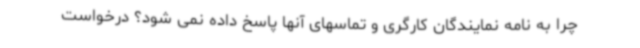
چرا به نامه نمایندگان کارگری و تماسهای آنها پاسخ داده نمی شود؟ درخواست